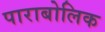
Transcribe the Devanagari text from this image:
पाराबोलिक